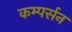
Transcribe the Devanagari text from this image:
कम्पर्सन